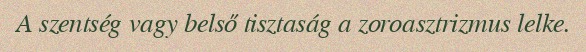
A szentség vagy belső tisztaság a zoroasztrizmus lelke.